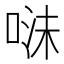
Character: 𭈣